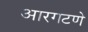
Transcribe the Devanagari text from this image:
आरगटणे